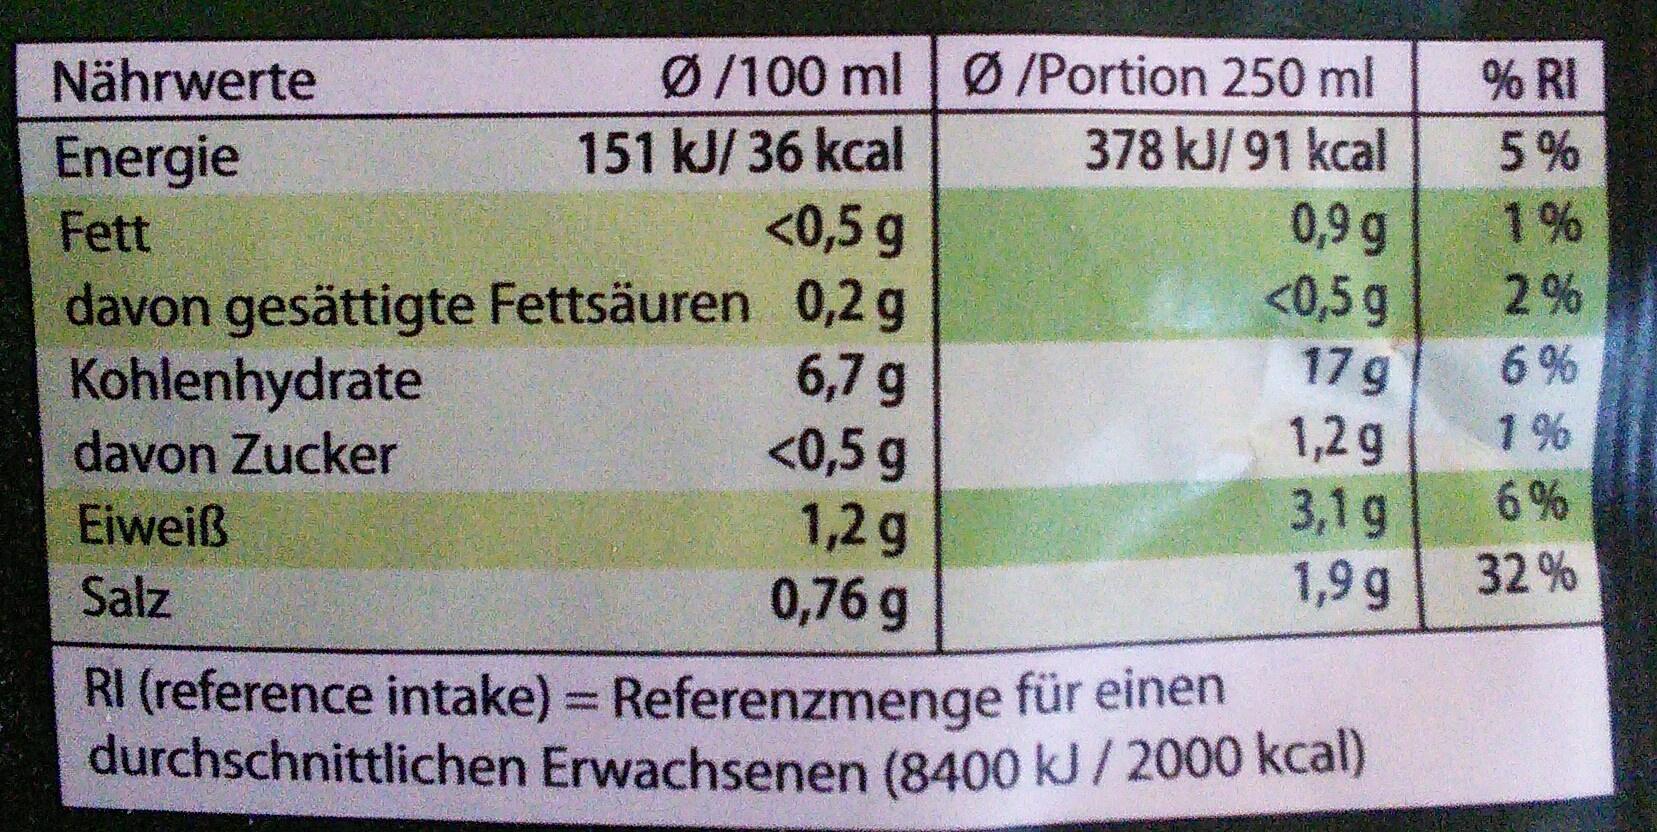
Nährwerte
Ø/100 ml Ø /Portion 250 ml
% RI
151 kJ/ 36 kcal
378 kJ/ 91 kcal
5%
Energie Fett davon gesättigte Fettsäuren 0,2 g Kohlenhydrate davon Zucker Eiweiß
1% 2%
<0,5 g
0,9 g <0,5 g 17g 1,2g 3,1g 1,9 g
6%
6,7 g <0,5 g 1,2 g 0,76 g
1%
6%
Salz
32 %
RI (reference intake) = Referenzmenge für einen durchschnittlichen Erwachsenen (8400 kJ /2000 kcal)